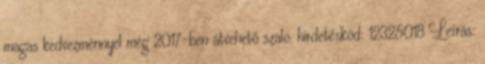
magas kedvezménnyel még 2017-ben átvehető szalo. hirdetéskód: 12325018 Leírás: